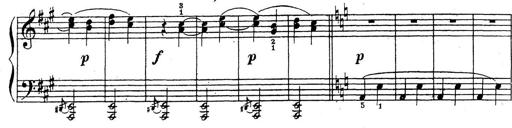
Title: 10 Sonatinas
Composer: Fritz Spindler